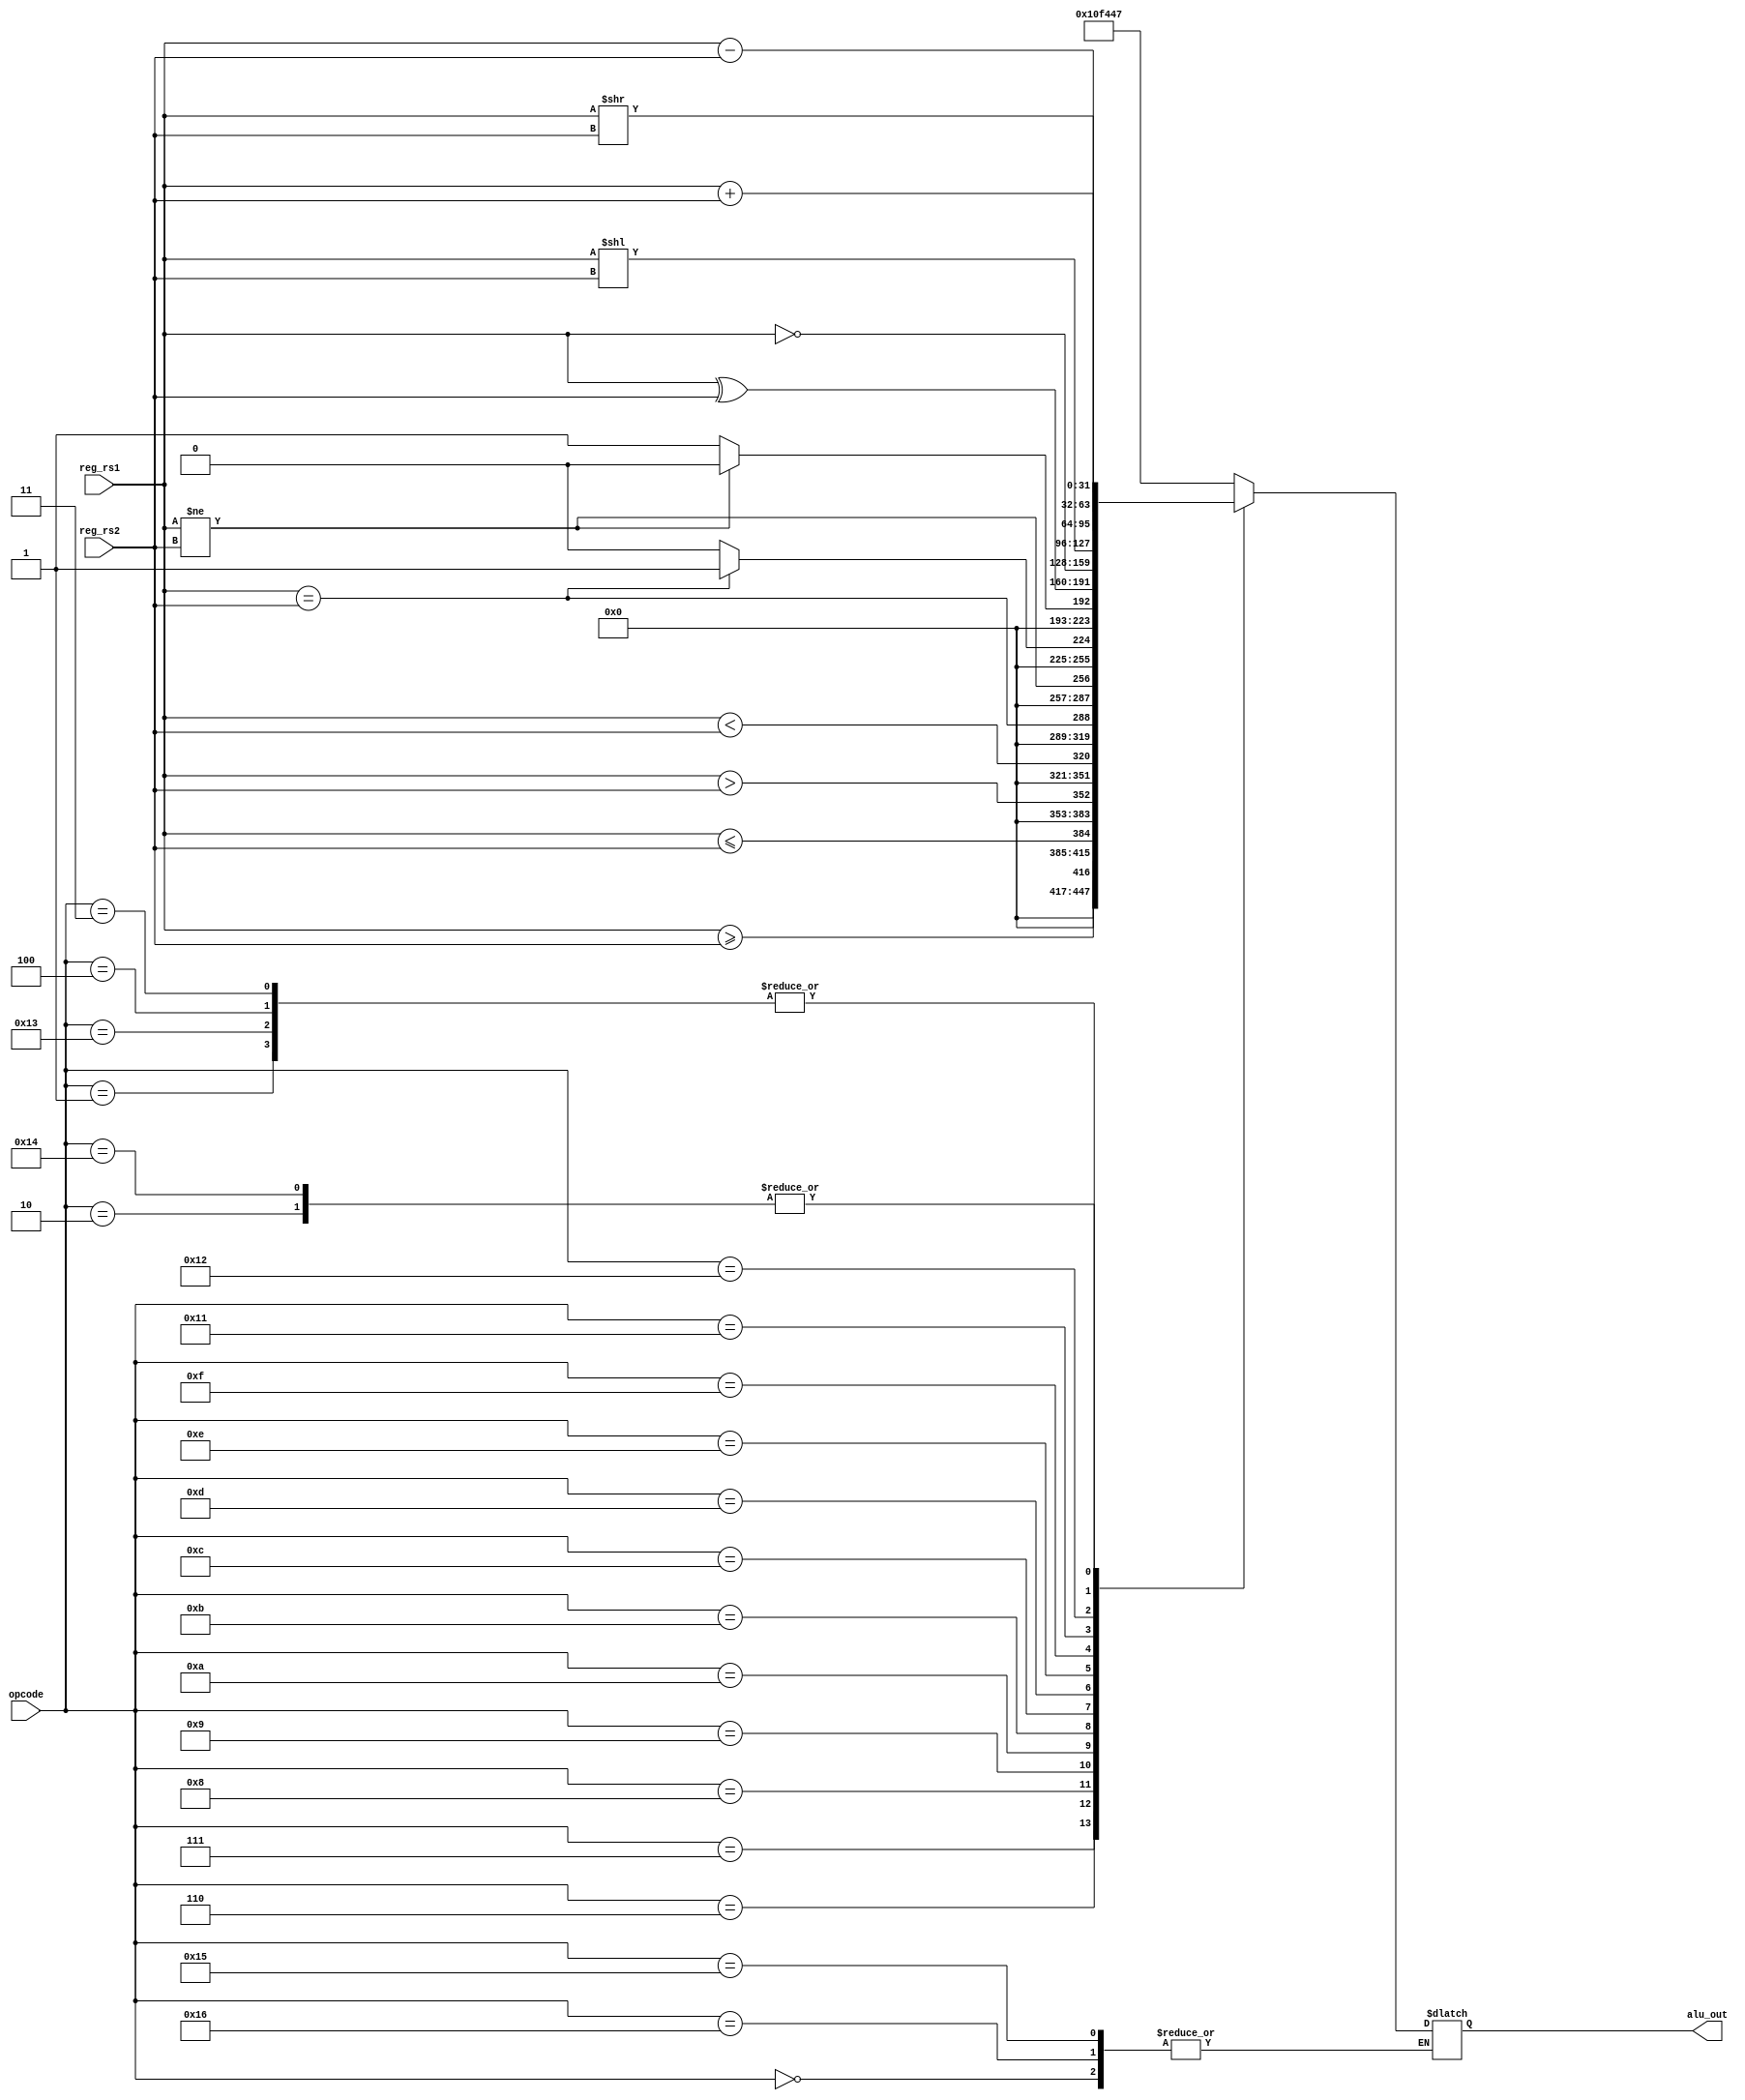
module arithmetic_logic_unit(alu_out,reg_rs1,reg_rs2,opcode);
output reg[31:0] alu_out;
input [31:0] reg_rs1,reg_rs2;
input [5:0] opcode;

parameter NOP = 6'b0;
parameter ADD = 6'b1;
parameter SUB = 6'b10;
parameter STORE = 6'b11;
parameter LOAD= 6'b100;
parameter MOVE = 6'b101;
parameter SGE = 6'b110;
parameter SLE = 6'b111;
parameter SGT = 6'b1000;
parameter SLT = 6'b1001;
parameter SEQ = 6'b1010;
parameter SNE = 6'b1011;
parameter AND = 6'b1100;
parameter OR = 6'b1101;
parameter XOR= 6'b1110;
parameter NOT = 6'b1111;
parameter MOVEI = 6'b10000;
parameter SLI = 6'b10001;
parameter SRI = 6'b10010;
parameter ADDI = 6'b10011;
parameter SUBI = 6'b10100;
parameter JUMP = 6'b10101;
parameter BRA = 6'b10110;
parameter ADDF = 6'b10111;
parameter MULF = 6'b 11000;

always@*
begin 

case(opcode)

ADD : alu_out <= reg_rs1 + reg_rs2;
SUB : alu_out <= reg_rs1 - reg_rs2;
SGE : alu_out <= reg_rs1 >= reg_rs2;
SLE : alu_out <= reg_rs1 <= reg_rs2;
SGT : alu_out <= reg_rs1 > reg_rs2;
SLT : alu_out <= reg_rs1 < reg_rs2;
SEQ : alu_out <= reg_rs1 == reg_rs2;
SNE : alu_out <= reg_rs1 != reg_rs2; 
AND : 
begin
if(reg_rs1 == reg_rs2) alu_out<= 1;
else alu_out <= 0;
end

OR :
begin
if(reg_rs1 != reg_rs2) alu_out <= 0;
else alu_out <= 1;
end 
/*AND : alu_out <= reg_rs1 && reg_rs2;
OR  : alu_out <= reg_rs1 || reg_rs2;
XOR : alu_out <= reg_rs1 ^ reg_rs2;*/

XOR : alu_out <= reg_rs1^ reg_rs2;

NOT : alu_out <= ~reg_rs1;
SLI : alu_out <= reg_rs1 << reg_rs2;
SRI : alu_out <= reg_rs1 >> reg_rs2;
ADDI: alu_out <= reg_rs1 + reg_rs2;
SUBI: alu_out <= reg_rs1 - reg_rs2;
LOAD: alu_out <= reg_rs1 + reg_rs2;
STORE: alu_out <= reg_rs1 + reg_rs2;
NOP : ;
BRA : ;
JUMP: ;
default : alu_out <= 1111111;
endcase
end
endmodule